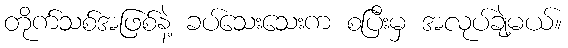
တိုက်သစ်အဖြစ်နဲ့ ခပ်သေးသေးက စပြီးမှ အလုပ်ချဲ့မယ်။